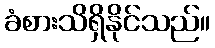
ခံစားသိရှိနိုင်သည်။